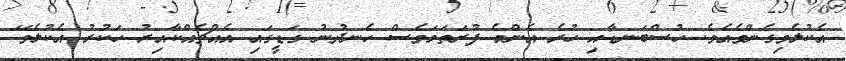
އެކުލެވިގެންވެއެވެ. ހުސްބަނޑާއި ހުރެ އެންމެ ފުރަތަމަވެސް ހެނދުނު ގަޑީގައި އެއްޗެއްކާއިރު ހަކުރު އެކުލެވޭ